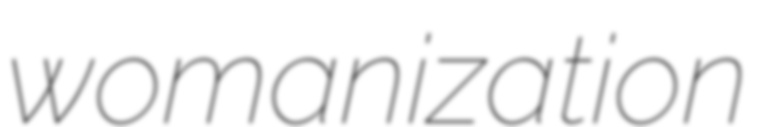
womanization